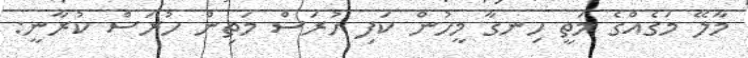
މާލޭ މަގެއްގެ މަތީ ހިނގާ މީހުން ކަފި ހުރަސް މަތިން ހުރަސް ކުރާނީ: